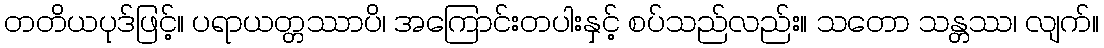
တတိယပုဒ်ဖြင့်။ ပရာယတ္တဿာပိ၊ အကြောင်းတပါးနှင့် စပ်သည်လည်း။ သတော သန္တဿ၊ လျက်။